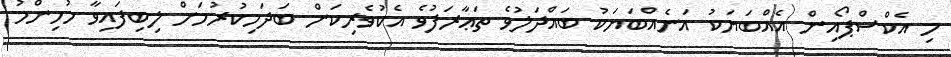
މި އެކްސްޕޯއިން އެއްބަޔަކު އަނެއްބަޔަކު ބައްދަލުވެ ތަޢާރަފުވެ އެކުވެރިކަން ބަދަހިކުރުމަށް ލިބިފައިވާ މުހިންމު